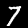
Label: 7